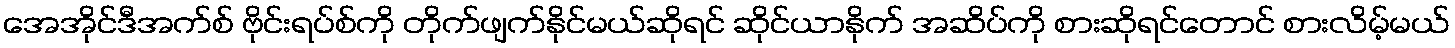
အေအိုင်ဒီအက်စ် ဗိုင်းရပ်စ်ကို တိုက်ဖျက်နိုင်မယ်ဆိုရင် ဆိုင်ယာနိုက် အဆိပ်ကို စားဆိုရင်တောင် စားလိမ့်မယ်